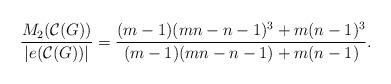
LaTeX: \begin{align*}\dfrac{M_{2}(\mathcal{C}(G))}{|e(\mathcal{C}(G))|} = \dfrac{(m-1)(mn-n-1)^{3}+m(n-1)^{3}}{(m-1)(mn-n-1)+m(n-1)}.\end{align*}